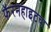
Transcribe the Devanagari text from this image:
फॅरनहाइटचा